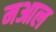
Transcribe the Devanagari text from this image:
मआल